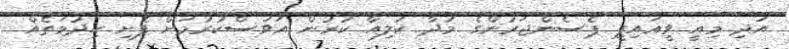
އަދި މިއީ ވީއައިޕީ ޕެސެންޖަރުންގެ މުދާ ކުލިއާ ކުރުން އަވަސްކުރުމަށް ފެށި ހިދުމަތެއް